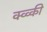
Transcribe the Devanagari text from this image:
क्व्व्की